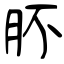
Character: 肧